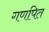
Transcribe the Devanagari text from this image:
गणपित